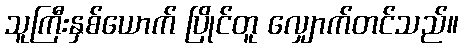
သူကြီးနှစ်ယောက် ပြိုင်တူ လျှောက်တင်သည်။